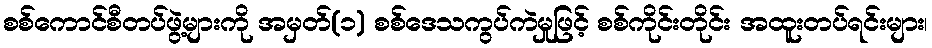
စစ်ကောင်စီတပ်ဖွဲ့များကို အမှတ်(၁) စစ်ဒေသကွပ်ကဲမှုဖြင့် စစ်ကိုင်းတိုင်း အထူးတပ်ရင်းများ၊